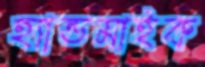
হ্যান্ডমাইক